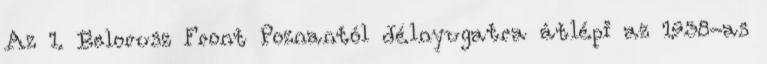
Az 1. Belorusz Front Poznantól délnyugatra átlépi az 1938-as